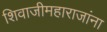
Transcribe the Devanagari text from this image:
शिवाजीमहाराजांना